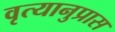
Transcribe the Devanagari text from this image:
वृत्यानुप्रास